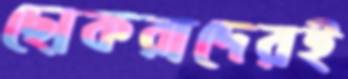
ছোকরাদেরই